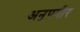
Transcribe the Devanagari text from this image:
अनुपगीर